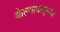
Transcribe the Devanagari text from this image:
केल्यापासूनचा